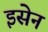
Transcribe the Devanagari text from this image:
इसेन